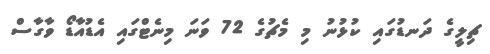
ޗިލީގެ ދަނޑުގައި ކުޅުނު މި މެޗުގެ 72 ވަނަ މިނެޓްގައި އެޑުއާޑޯ ވާގާސް